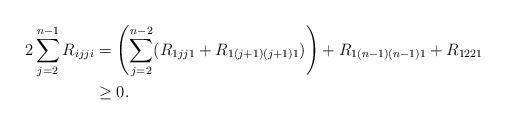
LaTeX: \begin{align*} 2 \sum_{j=2}^{n-1}R_{ijji}&= \left( \sum_{j=2}^{n-2} (R_{1jj1}+R_{1 (j+1)(j+1)1})\right)+R_{1(n-1)(n-1)1}+R_{1221} \\&\geq 0.\end{align*}